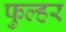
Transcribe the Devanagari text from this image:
फुल्हर